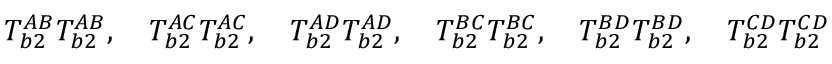
T _ { b 2 } ^ { A B } T _ { b 2 } ^ { A B } , \quad T _ { b 2 } ^ { A C } T _ { b 2 } ^ { A C } , \quad T _ { b 2 } ^ { A D } T _ { b 2 } ^ { A D } , \quad T _ { b 2 } ^ { B C } T _ { b 2 } ^ { B C } , \quad T _ { b 2 } ^ { B D } T _ { b 2 } ^ { B D } , \quad T _ { b 2 } ^ { C D } T _ { b 2 } ^ { C D }